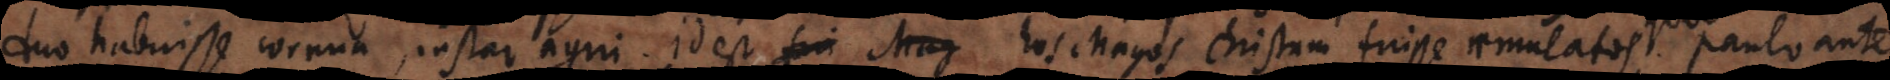
duo habuisse cornua, instar agni. Id est hos Magos Christum fuisse aemulatos. Quod paulo ante